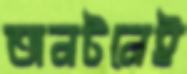
অনটনেই